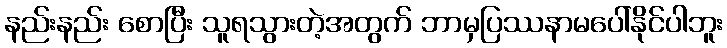
နည်းနည်း စောပြီး သူရသွားတဲ့အတွက် ဘာမှပြဿနာမပေါ်နိုင်ပါဘူး